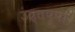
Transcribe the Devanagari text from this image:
उत्तप्पा